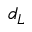
d _ { L }